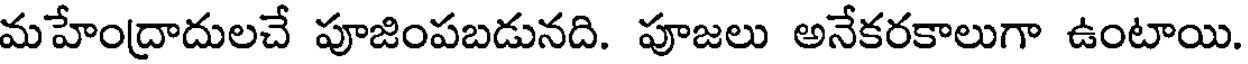
మహేంద్రాదులచే పూజింపబడునది. పూజలు అనేకరకాలుగా ఉంటాయి.